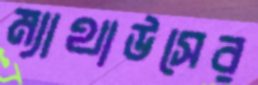
ম্যাথাউসের